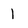
Character: 1